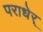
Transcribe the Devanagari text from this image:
पराधेर्